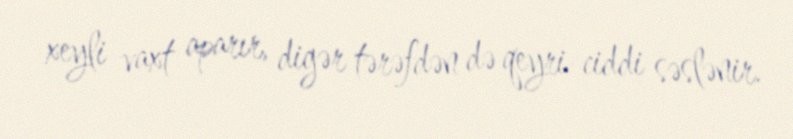
xeyli vaxt aparır, digər tərəfdən də qeyri-ciddi səslənir.